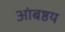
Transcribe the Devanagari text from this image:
आंबष्ठय